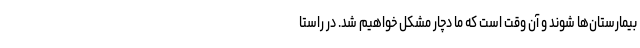
بیمارستان‌ها شوند و آن وقت است که ما دچار مشکل خواهیم شد. در راستا